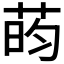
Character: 𫈔